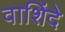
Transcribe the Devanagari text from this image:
वाशिंदे